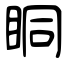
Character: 眮